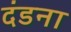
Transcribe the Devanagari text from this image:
दंडना